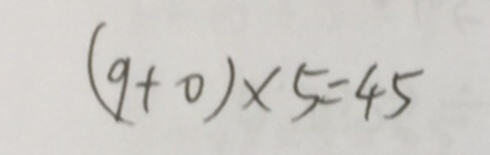
( 9 + 0 ) \times 5 = 4 5